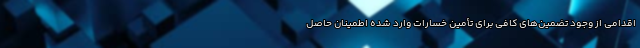
اقدامی از وجود تضمین‌های کافی برای تأمین خسارات وارد شده اطمینان حاصل